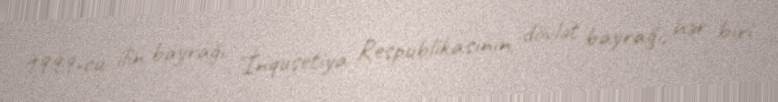
1999-cu ilin bayrağı "İnquşetiya Respublikasının dövlət bayrağı, hər biri